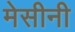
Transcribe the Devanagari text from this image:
मेसीनी